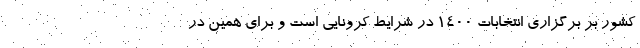
کشور بر برگزاری انتخابات ۱۴۰۰ در شرایط کرونایی است و برای همین در